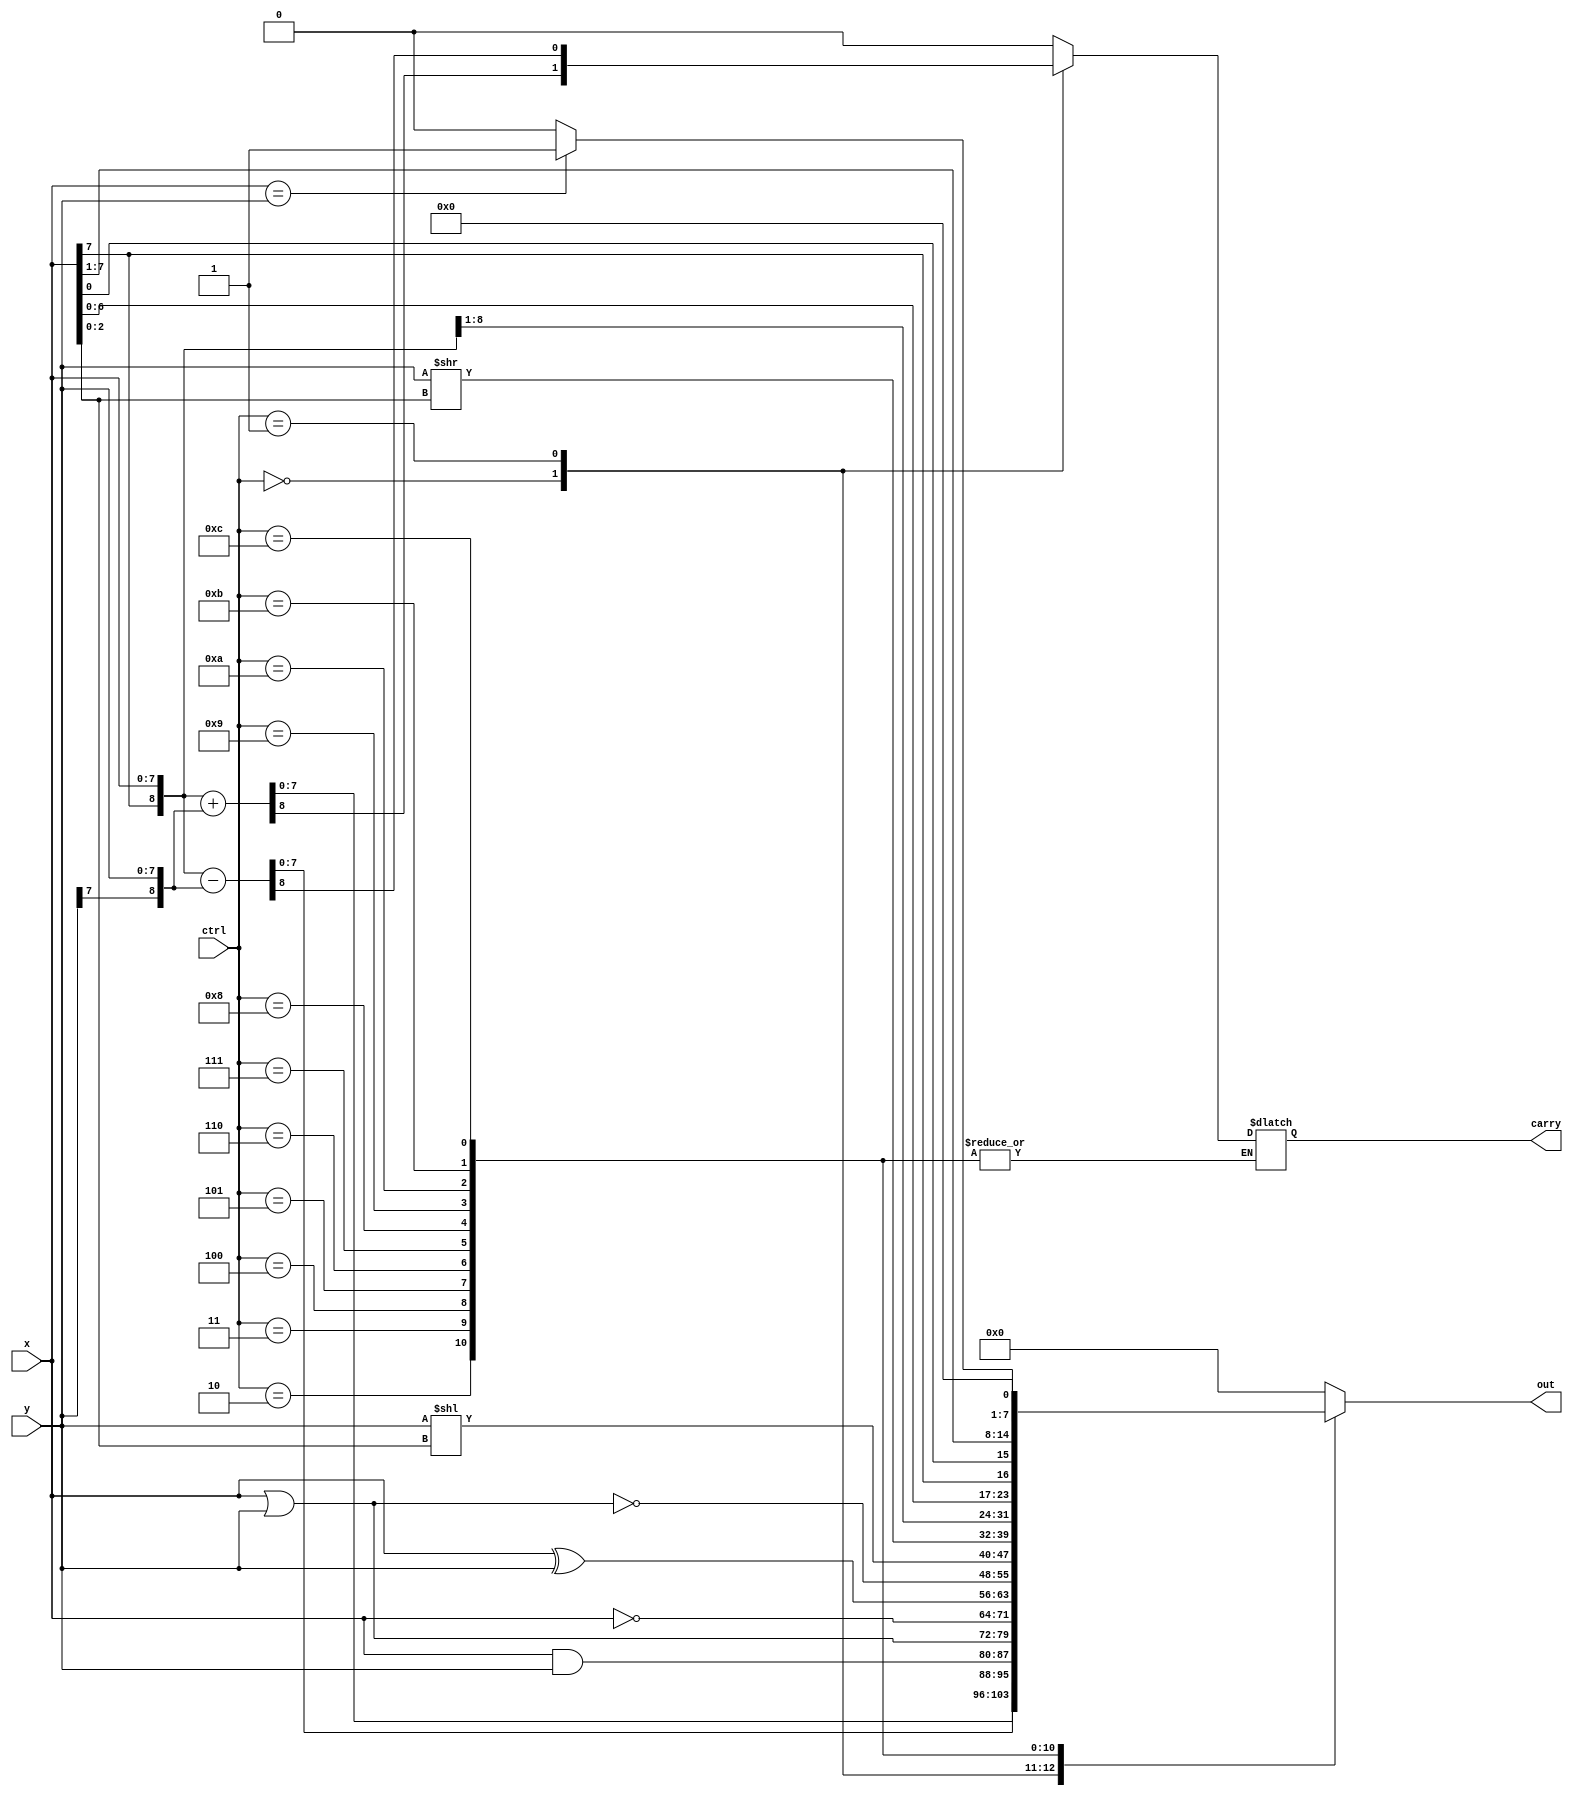
//Behavior level (event-driven)
module alu(ctrl, x, y, carry, out);

//==== IN/OUT DECLARATION =========================
    input  [3:0] ctrl;
    input  [7:0] x;
    input  [7:0] y;
    output       carry;
    output [7:0] out;

//==== REG/WIRE DECLARATION ======================
    reg  carry;
    reg  [7:0]  out;
    reg  [8:0]  tempX,tempY,temp;

//==== EVENT-DRIVEN ALWAYS BLOCK =================
    //<#bits>'<decimal,binary...><numbers>
    always @(*)
    begin
        case(ctrl)
            4'b0000:
            begin
                tempX = {x[7],x[7:0]};
                tempY = {y[7],y[7:0]};
                temp = tempX + tempY;
                //carry = (temp[8] != temp[7]) ? 1 : 0;
                carry = temp[8];
                out = temp[7:0];
            end
            4'b0001:
            begin
                tempX = {x[7],x[7:0]};
                tempY = {y[7],y[7:0]};
                temp = tempX - tempY;
                //carry = (temp[8] != temp[7]) ? 1 : 0;
                carry = temp[8];
                out = temp[7:0];
            end
            4'b0010: out = x & y;
            4'b0011: out = x | y;
            4'b0100: out = ~ x;
            4'b0101: out = x ^ y;
            4'b0110: out = ~(x | y);
            4'b0111: out = y << x[2:0];
            4'b1000: out = y >> x[2:0];
            4'b1001: out = {x[7],x[7:1]};
            4'b1010: out = {x[6:0],x[7]};
            4'b1011: out = {x[0],x[7:1]};
            4'b1100: out = (x == y) ? 1 : 0;
            default:
                begin
                    out   = 0;
                    carry = 0;
                    temp  = 0;
                end
        endcase
    end

endmodule